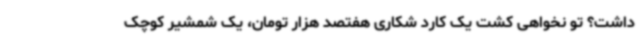
داشت؟ تو نخواهی کشت یک کارد شکاری هفتصد هزار تومان، یک شمشیر کوچک